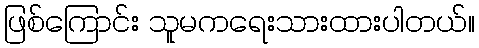
ဖြစ်ကြောင်း သူမကရေးသားထားပါတယ်။